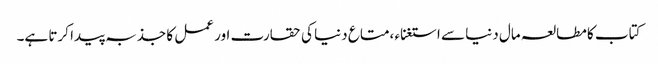
کتاب کا مطالعہ مال دنیا سے استغناء ،متاع دنیا کی حقارت اور عمل کا جذبہ پیدا کرتا ہے۔